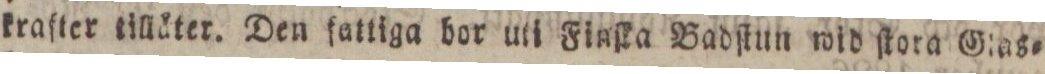
krafter tilläter. Den fattiga bor uti Finſka Badſtun wid ſtora Glas=